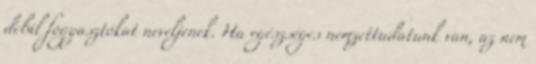
debil fogyasztókat neveljenek. Ha egészséges nemzettudatunk van, az nem